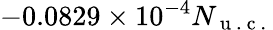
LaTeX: -0.0829\times 10^{-4}N_{\mathrm{~u~.~c~.~}}